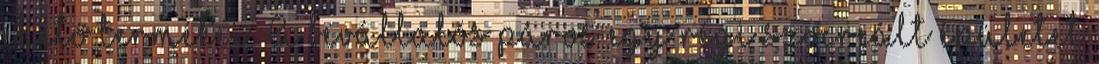
ehető termékei. A bevállalós páros egy régi szocreált épületet